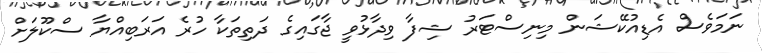
ނަމަވެސް އެޑިއުކޭޝަން މިނިސްޓަރު ޝިފާ ވިދާޅުވީ ޖާގައިގެ ދަތިތަކާ ހުރެ އަރަބިއްޔާ ސްކޫލަށް